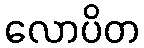
လောပိတ